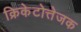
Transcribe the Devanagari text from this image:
क्रिकेटोत्तेजक